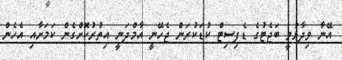
އޭނާ ވިދާޅުވީ ބަޖެޓުގެ ޑެފިސިޓް ކުޑަކުރަން ޖެހޭނީ އާމްދަނީ އިތުރުކޮށްގެން ކަމަށާއި އެހެން